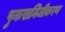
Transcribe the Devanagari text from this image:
पुनःखनिजीकरण